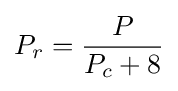
P_{r}={\frac {P}{P_{c}+8}}